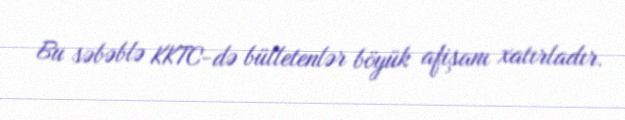
Bu səbəblə KKTC-də bülletenlər böyük afişanı xatırladır.